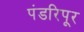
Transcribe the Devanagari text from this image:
पंडरिपूर